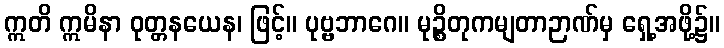
ဣတိ ဣမိနာ ဝုတ္တနယေန၊ ဖြင့်။ ပုဗ္ဗဘာဂေ။ မုဉ္စိတုကမျတာဉာဏ်မှ ရှေ့အဖို့၌။